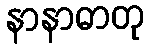
နာနာဓာတု